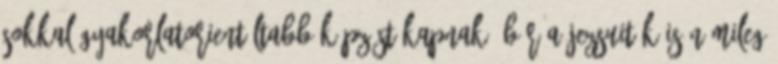
sokkal gyakorlatorientáltabb képzést kapnak. Bár a jezsuiták is némileg